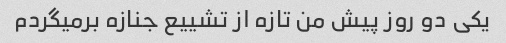
یکی دو روز پیش من تازه از تشییع جنازه برمیگردم